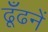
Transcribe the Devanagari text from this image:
ढूँढनें